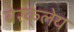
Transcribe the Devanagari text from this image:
बेरके्लेय